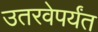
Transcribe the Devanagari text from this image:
उतरवेपर्यंत